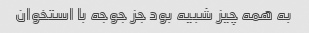
به همه چیز شبیه بود جز جوجه با استخوان